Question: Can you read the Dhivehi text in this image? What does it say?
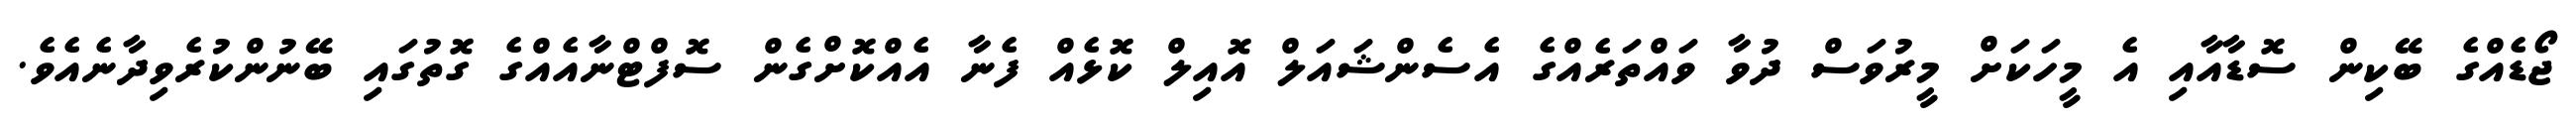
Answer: ޖޯޑެއްގެ ބޭކިން ސޮޑާއާއި އެ މީހަކަށް މީރުވަސް ދުވާ ވައްތަރެއްގެ އެސެންޝައަލް އޮއިލް ކޮޅެއް ފެނާ އެއްކޮށްގެން ސޮފްޓްނާއެއްގެ ގޮތުގައި ބޭނުންކުރެވިދާނެއެވެ.